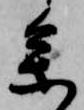
参